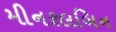
મીનરલબિન